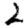
Digit: 2